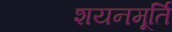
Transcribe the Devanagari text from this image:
शयनमूर्ति